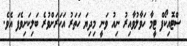
ސްޓޮއިކޯފް ޓީމާ ހަވާލުވާއިރު ނިއު ވަނީ މިދިޔަ ހަތަރު އަހަރަށްވުރެ ބަލިކަށިވެފަ އެވެ.